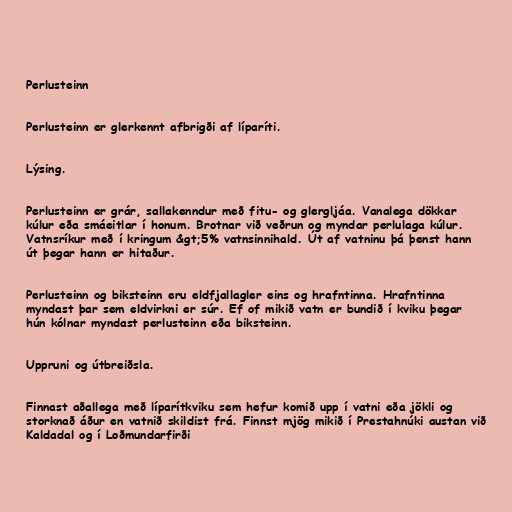
Perlusteinn

Perlusteinn er glerkennt afbrigði af líparíti.

Lýsing.

Perlusteinn er grár, sallakenndur með fitu- og glergljáa. Vanalega dökkar
kúlur eða smáeitlar í honum. Brotnar við veðrun og myndar perlulaga kúlur.
Vatnsríkur með í kringum &gt;5% vatnsinnihald. Út af vatninu þá þenst hann
út þegar hann er hitaður.

Perlusteinn og biksteinn eru eldfjallagler eins og hrafntinna. Hrafntinna
myndast þar sem eldvirkni er súr. Ef of mikið vatn er bundið í kviku þegar
hún kólnar myndast perlusteinn eða biksteinn.

Uppruni og útbreiðsla.

Finnast aðallega með líparítkviku sem hefur komið upp í vatni eða jökli og
storknað áður en vatnið skildist frá. Finnst mjög mikið í Prestahnúki austan við
Kaldadal og í Loðmundarfirði